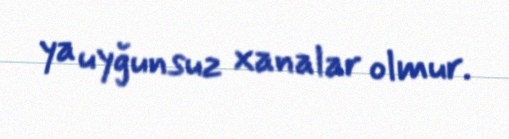
ya uyğunsuz xanalar olmur.